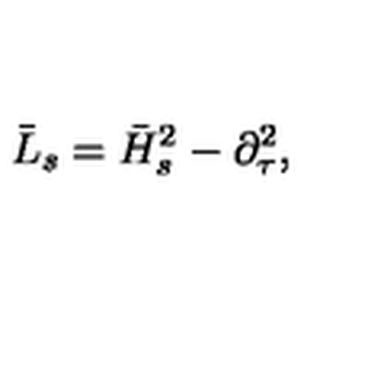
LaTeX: \bar { L } _ { s } = \bar { H } _ { s } ^ { 2 } - \partial _ { \tau } ^ { 2 } ,